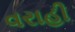
વરાહી